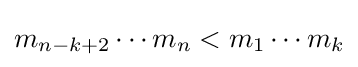
m_{n-k+2}\cdots m_{n}<m_{1}\cdots m_{k}